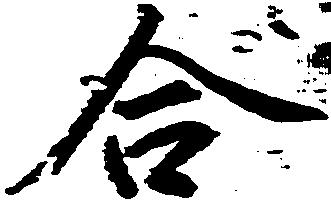
合